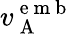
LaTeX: v_{\mathrm{~A~}}^{\mathrm{~e~m~b~}}